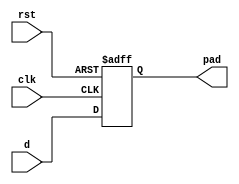
//////////////////////////////////////////////////////////////////////
////                                                              ////
////  SMII                                                        ////
////                                                              ////
////  Description                                                 ////
////  Low pin count serial MII ethernet interface                 ////
////                                                              ////
////  To Do:                                                      ////
////   -                                                          ////
////                                                              ////
////  Author(s):                                                  ////
////      - Michael Unneback, unneback@opencores.org              ////
////        ORSoC AB          michael.unneback@orsoc.se           ////
////                                                              ////
//////////////////////////////////////////////////////////////////////
////                                                              ////
//// Copyright (C) 2009 Authors and OPENCORES.ORG                 ////
////                                                              ////
//// This source file may be used and distributed without         ////
//// restriction provided that this copyright statement is not    ////
//// removed from the file and that any derivative work contains  ////
//// the original copyright notice and the associated disclaimer. ////
////                                                              ////
//// This source file is free software; you can redistribute it   ////
//// and/or modify it under the terms of the GNU Lesser General   ////
//// Public License as published by the Free Software Foundation; ////
//// either version 2.1 of the License, or (at your option) any   ////
//// later version.                                               ////
////                                                              ////
//// This source is distributed in the hope that it will be       ////
//// useful, but WITHOUT ANY WARRANTY; without even the implied   ////
//// warranty of MERCHANTABILITY or FITNESS FOR A PARTICULAR      ////
//// PURPOSE.  See the GNU Lesser General Public License for more ////
//// details.                                                     ////
////                                                              ////
//// You should have received a copy of the GNU Lesser General    ////
//// Public License along with this source; if not, download it   ////
//// from http://www.opencores.org/lgpl.shtml                     ////
////                                                              ////
//////////////////////////////////////////////////////////////////////
module obufdff
  (
   input d,
   output reg pad,
   input clk,
   input rst
   );
   always @ (posedge clk or posedge rst)
     if (rst)
       pad <= #1 1'b0;
     else
       pad <= #1 d;
endmodule 
module ibufdff
  (
   input pad,
   output reg q,
   input clk,
   input rst
   );
   always @ (posedge clk or posedge rst)
     if (rst)
       q <= #1 1'b0;
     else
       q <= #1 pad;
endmodule 
module iobuftri
  (
   input i,
   input oe,
   output o,
   inout pad
   );
   assign #1 pad = oe ? i : 1'bz;
   assign #1 i = pad;
endmodule 
module obuf
  (
   input i,
   inout pad
   );
   assign #1 pad = i;
endmodule 
module smii_sync
  (
    output            sync,
    output reg [1:10] state,
    input 	      clk,
    input 	      rst
   );
   always @ (posedge clk or posedge rst)
     if (rst)
       state <= 10'b0000000001;
     else
       state <= {state[10],state[1:9]};
   assign sync = state[1];
endmodule 
module smii_txrx
  (
    output     tx,
    input      rx,
    input [3:0] mtxd,
    input 	mtxen,
    input 	mtxerr,
    output 	mtx_clk,
    output reg [3:0] mrxd,
    output reg	 mrxdv,
    output reg	 mrxerr,
    output  	 mrx_clk,
    output 	 mcoll,
    output reg	 mcrs,
    input [1:10] state,
    input 	 clk,
    input 	 rst
   );
   reg [0:7]		 tx_data_reg;
   reg 			 tx_data_reg_valid;
   reg 			 a0;
   reg 			 state_data;
   reg [3:0] 	 rx_tmp;
   reg 		 speed;
   reg 		 duplex;
   reg 		 link;
   reg 		 jabber;
   reg 		 mtx_clk_tmp, mrx_clk_tmp;
   reg [3:0] 	 tx_cnt;
   reg [3:0] 	 rx_cnt;
   always @ (posedge clk or posedge rst)
     if (rst)
       tx_cnt <= 4'd0;
     else
       if (speed)
	 tx_cnt <= 4'd0;
       else if (state[10])
	 if (tx_cnt == 4'd9)
	   tx_cnt <= 4'd0;
	 else
	   tx_cnt <= tx_cnt + 4'd1;
     always @ (posedge clk or posedge rst)
     if (rst)
       mtx_clk_tmp <= 1'b0;
     else
       if ((state[10] | state[5]) & (tx_cnt == 4'd0))
	 mtx_clk_tmp <= 1'b1;
       else if (state[2] | state[7])
	 mtx_clk_tmp <= 1'b0;
   assign #1 mtx_clk = mtx_clk_tmp;
   always @ (posedge clk or posedge rst)
     if (rst)
       begin
	  tx_data_reg <= 8'd0;
	  tx_data_reg_valid <= 1'b0;
	  a0 <= 1'b0;
       end
     else
       if ((state[4] | state[9]) & (tx_cnt == 4'd0))
	 begin
	    if (!mtxen)
	      a0 <= 1'b0;
	    else
	      a0 <= ~a0;
	    if (!mtxen & !a0)
	      tx_data_reg_valid <= 1'b0;	    
	    else if (a0)
	      tx_data_reg_valid <= 1'b1;
	    if (mtxen & !a0)
	      tx_data_reg[0:3] <= {mtxd[0],mtxd[1],mtxd[2],mtxd[3]};
	    else if (mtxen & a0)
	      tx_data_reg[4:7] <= {mtxd[0],mtxd[1],mtxd[2],mtxd[3]};
	 end 
   always @ (posedge clk or posedge rst)
     if (rst)
       state_data <= 1'b0;
     else
       if (state[1] & (tx_cnt == 4'd0))
	 state_data <= tx_data_reg_valid;
   assign tx = state[1] ? mtxerr :
	       state[2] ? ((tx_data_reg_valid & (tx_cnt == 4'd0)) | state_data) :
	       state_data ? |(state[2:10] & tx_data_reg) :
	       |(state[2:10] & {mtxerr,speed,duplex,link,jabber,3'b111});
   always @ (posedge clk or posedge rst)
     if (rst)
       rx_cnt <= 4'd0;
     else
       if (speed)
	 rx_cnt <= 4'd0;
       else if (!mrxdv & state[8] & rx_tmp[3])
	 rx_cnt <= 4'd9;
       else if (state[10])
	 if (rx_cnt == 4'd9)
	   rx_cnt <= 4'd0;
	 else
	   rx_cnt <= rx_cnt + 4'd1;
   always @ (posedge clk or posedge rst)
     if (rst)
       begin
	  {mcrs, mrxdv, mrxerr, speed, duplex, link, jabber} <= 7'b0001110;
	  rx_tmp <= 4'h0;	  
	  mrxd <= 4'h0;
       end
     else
       begin
	  rx_tmp[2:0] <= {rx,rx_tmp[2:1]};
	  if (state[3])
	    mcrs <= rx;	  
	  if (state[4])
	    rx_tmp[3] <= rx;
	  if (rx_tmp[3]) 
	    begin
	       if (state[8])
		 {mrxdv,mrxd} <= #1 {rx_tmp[3],rx,rx_tmp[2:0]};
	       else if (state[2])
		 mrxd <= #1 {rx,rx_tmp[2:0]};
	    end
	  else
	    begin
	       if (state[5])
		 mrxerr <= #1 rx;
	       if (state[6])
		 speed <= #1 rx;
	       if (state[7])
		 duplex <= #1 rx;
	       if (state[8])
		 begin
		    link <= #1 rx;
		    mrxdv <= #1 1'b0;
		 end
	       if (state[9])
		 jabber <= #1 rx;
	    end
       end 
   always @ (posedge clk or posedge rst)
     if (rst)
       mrx_clk_tmp <= 1'b0;
     else
       if ((state[1] | state[6]) & (rx_cnt == 4'd0))
	 mrx_clk_tmp <= 1'b1;
       else if (state[3] | state[8])
	 mrx_clk_tmp <= 1'b0;
   assign #1 mrx_clk = mrx_clk_tmp;
   assign mcoll = mcrs & mtxen;
endmodule